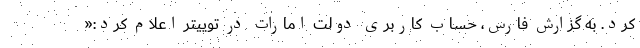
کرد. به گزارش فارس، حساب کاربری دولت امارات در توییتر اعلام کرد:«